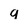
Character: q